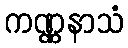
ကဏ္ဏနာသံ